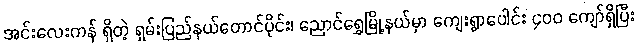
အင်းလေးကန် ရှိတဲ့ ရှမ်းပြည်နယ်တောင်ပိုင်း၊ ညောင်ရွှေမြို့နယ်မှာ ကျေးရွာပေါင်း ၄၀၀ ကျော်ရှိပြီး